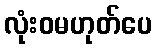
လုံးဝမဟုတ်ပေ